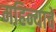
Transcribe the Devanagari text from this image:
महिन्याचें